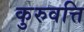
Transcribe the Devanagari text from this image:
कुरुवत्ति